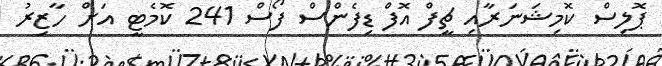
ޕޮލިސް ކޮމިޝަނަރާއި ޗީފް އޮފް ޑިފެންސް ފޯސް 241 ކޮމެޓީ އަށް ހާޒިރު